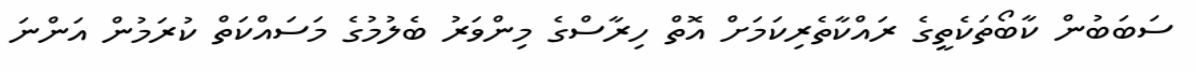
ސަބަބުން ކާބޯތަކެތީގެ ރައްކާތެރިކަމަށް އޮތް ހިރާސްގެ މިންވަރު ބެލުމުގެ މަސައްކަތް ކުރަމުން އަންނަ